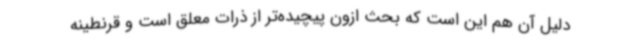
دلیل آن هم این است که بحث ازون پیچیده‌تر از ذرات معلق است و قرنطینه